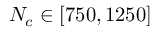
N _ { c } \in [ 7 5 0 , 1 2 5 0 ]